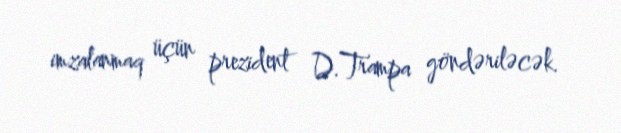
imzalanmaq üçün prezident D.Trampa göndəriləcək.